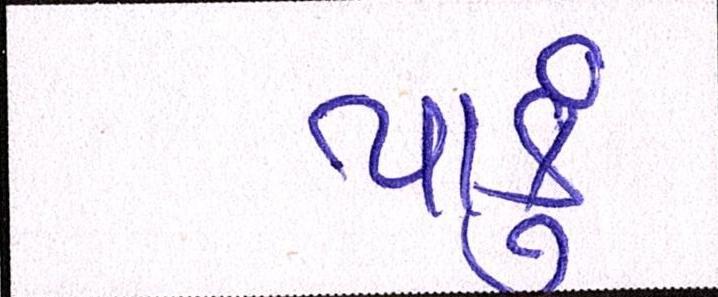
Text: પાકું